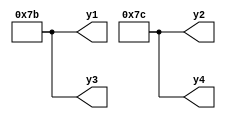
module demo_001(y1, y2, y3, y4);
	output [7:0] y1, y2, y3, y4;

	localparam [7:0] p1 = 123.45;
	localparam real p2 = 123.45;
	localparam real p3 = 123;
	localparam p4 = 123.45;

	assign y1 = p1 + 0.2;
	assign y2 = p2 + 0.2;
	assign y3 = p3 + 0.2;
	assign y4 = p4 + 0.2;
endmodule

module demo_002(y0, y1, y2, y3);
	output [63:0] y0, y1, y2, y3;

	assign y0 = 1'bx >= (-1 * -1.17);
	assign y1 = 1 ?  1 ?  -1 : 'd0 : 0.0;
	assign y2 = 1 ? -1 :   1 ? 'd0 : 0.0;
	assign y3 = 1 ? -1 : 'd0;
endmodule

module demo_003(output A, B);
	parameter real p = 0;
	assign A = (p==1.0);
	assign B = (p!="1.000000");
endmodule

module demo_004(output A, B, C, D);
	demo_003 #(1.0) demo_real (A, B);
	demo_003 #(1) demo_int (C, D);
endmodule